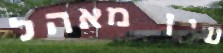
עין מאהל